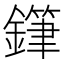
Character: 𨬾